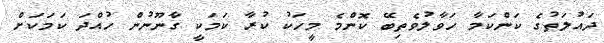
ދައުލަތުގެ ކަންކަމާ ހަވާލުވެތިބޭ ކޮންމެ މީހަކު ކުރާ ކަމަކީ ގާނޫނުން ހުއްދަ ކަމަކަށް